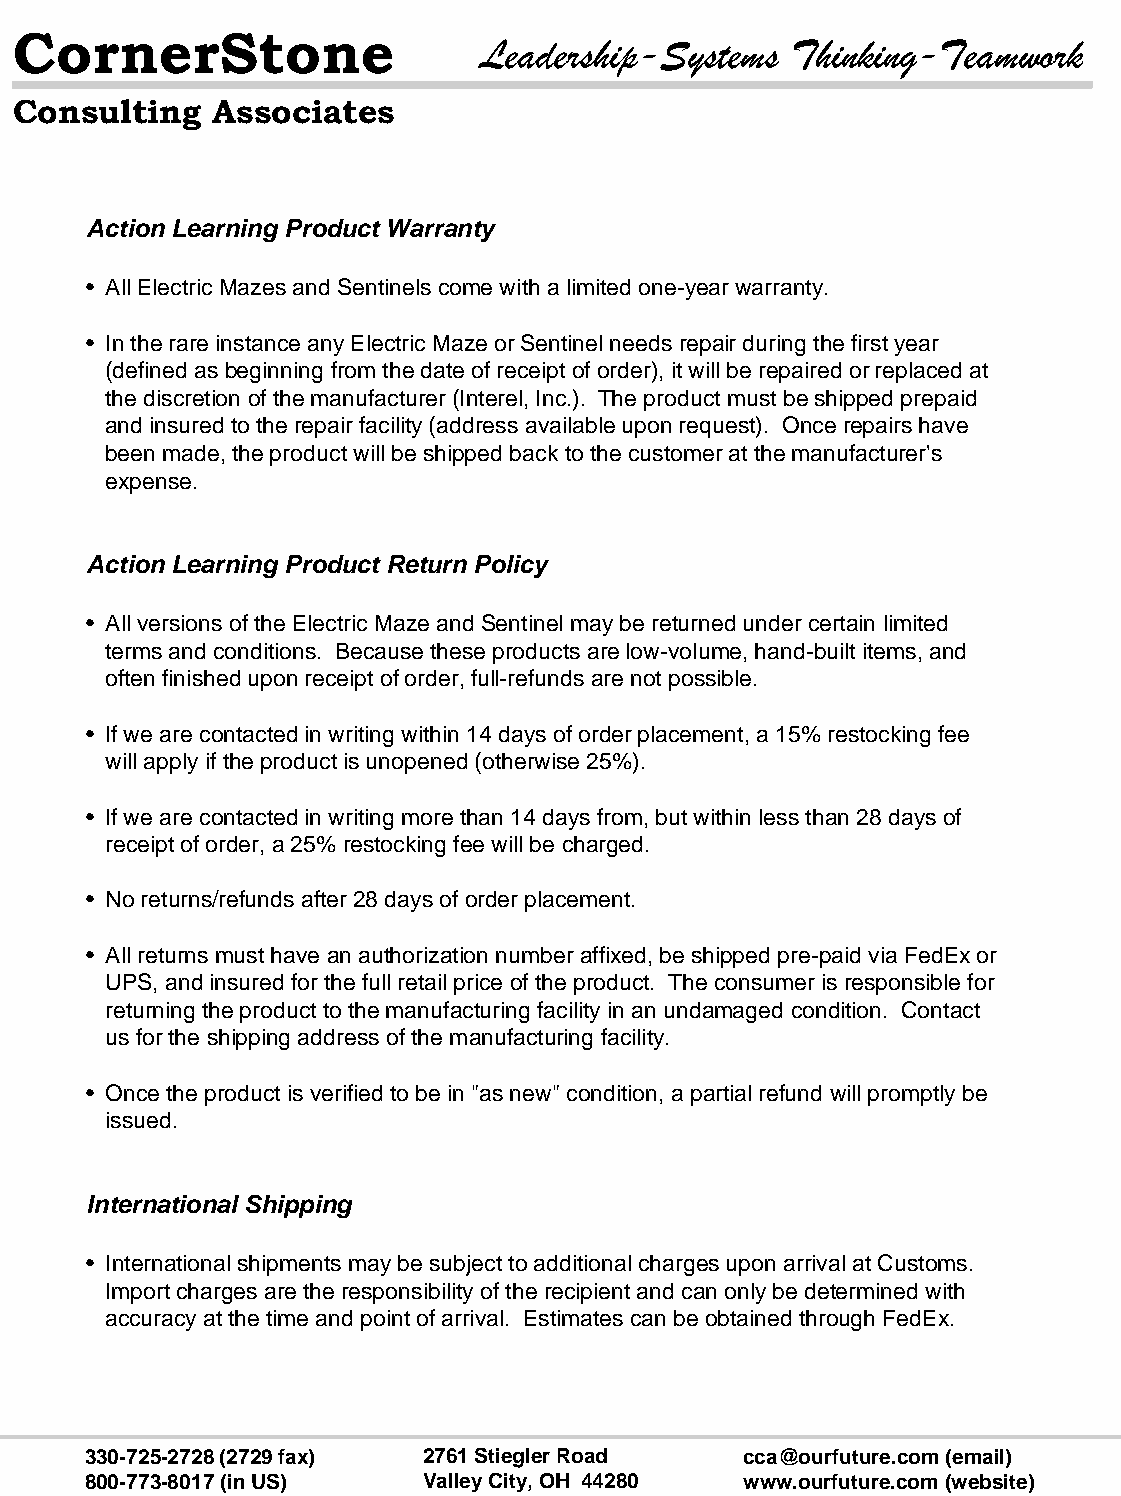
CornerStone
 Leadership-Systems   Thinking-Teamwork
 Consulting   Associates
 Action Learning Product Warranty
 • All Electric Mazes and Sentinels come with a limited one-year warranty.
 • In the rare instance any Electric Maze or Sentinel needs repair during the first year
 (defined as beginning from the date of receipt of order), it will be repaired or replaced at
 the discretion of the manufacturer (Interel, Inc.). The product must be shipped prepaid
 and insured to the repair facility (address available upon request). Once repairs have
 been made, the product will be shipped back to the customer at the manufacturer's
 expense.
 Action Learning Product Return Policy
 • All versions of the Electric Maze and Sentinel may be returned under certain limited
 terms and conditions. Because these products are low-volume, hand-built items, and
 often finished upon receipt of order, full-refunds are not possible.
 • If we are contacted in writing within 14 days of order placement, a 15% restocking fee
 will apply if the product is unopened (otherwise 25%).
 • If we are contacted in writing more than 14 days from, but within less than 28 days of
 receipt of order, a 25% restocking fee will be charged.
 • No returns/refunds after 28 days of order placement.
 • All returns must have an authorization number affixed, be shipped pre-paid via FedEx or
 UPS, and insured for the full retail price of the product. The consumer is responsible for
 returning the product to the manufacturing facility in an undamaged condition. Contact
 us for the shipping address of the manufacturing facility.
 • Once the product is verified to be in "as new" condition, a partial refund will promptly be
 issued.
 International Shipping
 • International shipments may be subject to additional charges upon arrival at Customs.
 Import charges are the responsibility of the recipient and can only be determined with
 accuracy at the time and point of arrival. Estimates can be obtained through FedEx.
 330-725-2728 (2729 fax) 2761 StieglerRoad  cca@ourfuture.com(email)
 800-773-8017 (in US)  Valley City, OH 44280 www.ourfuture.com(website)